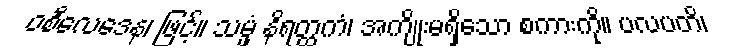
ဝစီလေဒေန၊ ဖြင့်။ သမ္ဖံ နိရတ္ထကံ၊ အကျိုးမရှိသော စကားကို။ ပလပတိ၊